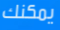
يمكنك